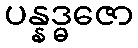
ပန္နဒ္ဓဇော